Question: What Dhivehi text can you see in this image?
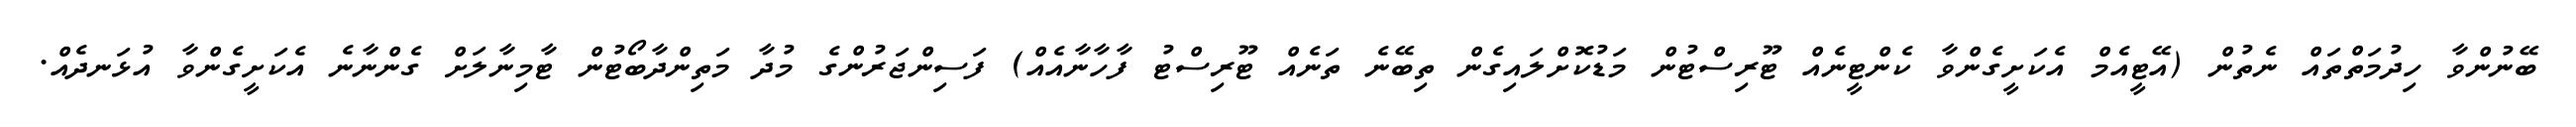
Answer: ބޭނުންވާ ހިދުމަތްތައް ނެތުން (އޭޓީއެމް އެކަށީގެންވާ ކެންޓީނެއް ޓޫރިސްޓުން މަޑުކޮށްލައިގެން ތިބޭނެ ތަނެއް ޓޫރިސްޓު ފާހާނާއެއް) ފަސިންޖަރުންގެ މުދާ މަތިންދާބޯޓުން ޓާމިނާލަށް ގެންނާނެ އެކަށީގެންވާ އުޅަނދެއް.